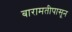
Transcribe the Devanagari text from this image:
बारामतीपासून